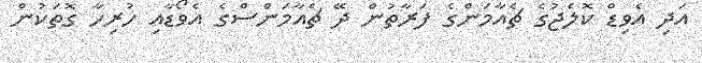
އަދި އެވިޑް ކޮލެޖުގެ ޗެއާމަންގެ ފަރާތުން ދޭ ޗެއާމަންސްގެ އެވޯޑާއި ހުރިހާ ގޮތަކުން